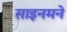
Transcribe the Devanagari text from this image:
साइनमने